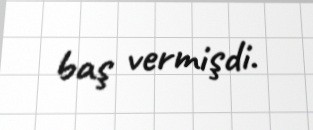
baş vermişdi.